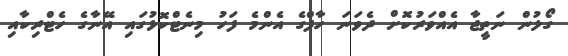
ގޯލުން ނަތީޖާ އެއްވަރުކޮށް ދެވަނަ ހާފްގެ އެންމެ ފަހު މިނެޓްކޮޅުގައި އޭނާގެ ހެޓްރިކާއި